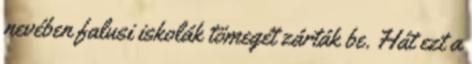
nevében falusi iskolák tömegét zárták be. Hát ezt a